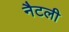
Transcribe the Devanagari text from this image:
नैटली